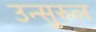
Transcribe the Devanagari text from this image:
उन्सुरुल